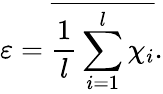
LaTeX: \varepsilon=\overline{{\frac{1}{l}\sum_{i=1}^{l}\chi_{i}}}.